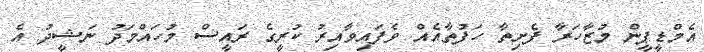
އެމްޑީޕީން މުޒާހަރާ ފެށިތާ ހަފުތާއެއް ވެފައިވާއިރު ކުރީގެ ރައީސް މުހައްމަދު ނަޝީދު އެ